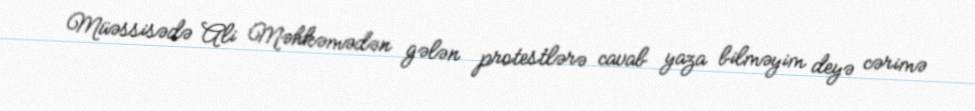
Müəssisədə Ali Məhkəmədən gələn protestlərə cavab yaza bilməyim deyə cərimə